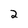
Character: 2